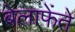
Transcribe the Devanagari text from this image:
बेलाफेंते